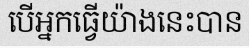
បើអ្នកធ្វើយ៉ាងនេះបាន